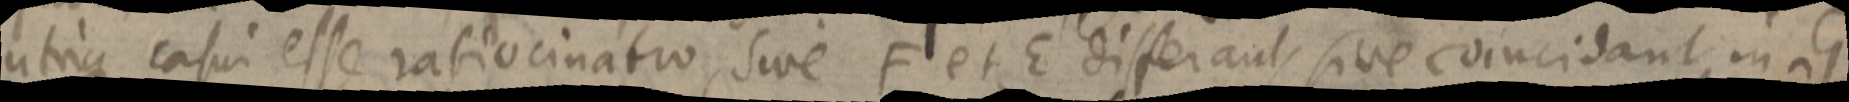
utrique casui esse ratiocinatio, sive F et E differant sive coincidant in G